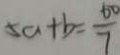
5 a + b = \frac { 6 0 } { 7 }